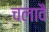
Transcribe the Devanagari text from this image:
चलावै